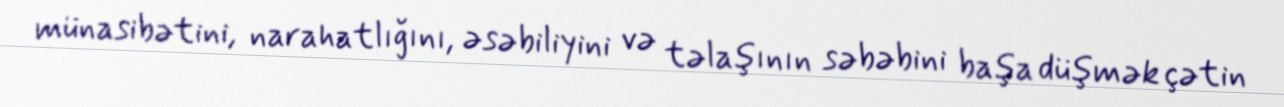
münasibətini, narahatlığını, əsəbiliyini və təlaşının səbəbini başa düşmək çətin